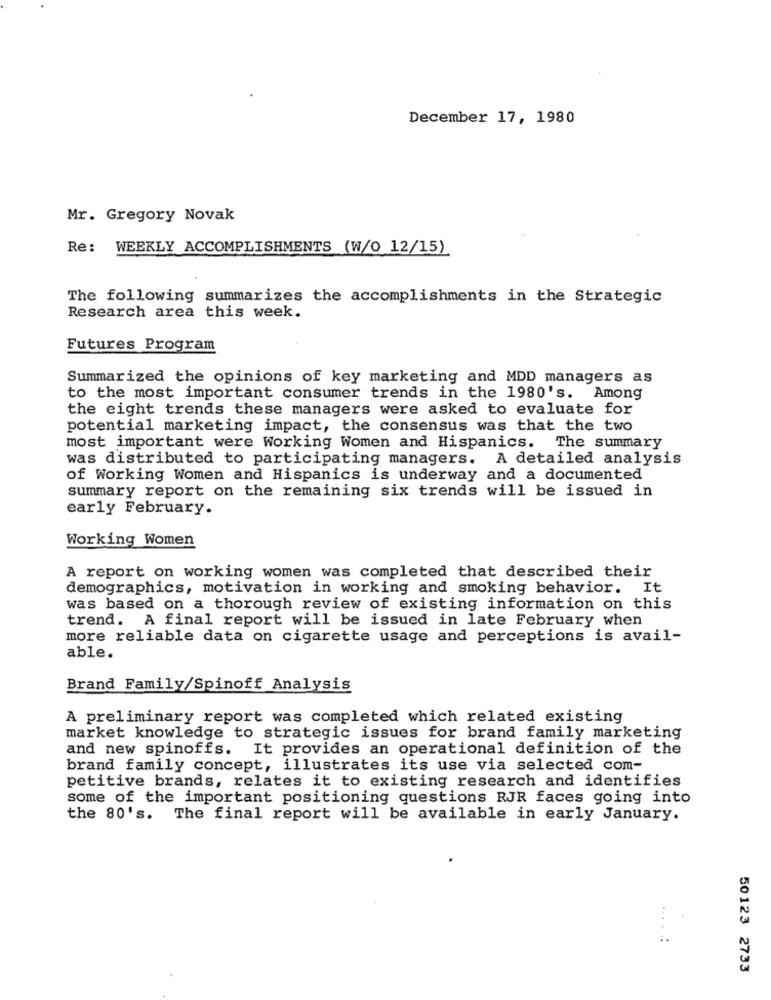
December 17, 1980
Mr. Gregory Novak
Re:
WEEKLY ACCOMPLISHMENTS (W/O 12/15)
The following summarizes the accomplishments in the Strategic
Research area this week.
Futures Program
Summarized the opinions of key marketing and MDD managers as
to the most important consumer trends in the 1980's. Among
the eight trends these managers were asked to evaluate for
potential marketing impact, the consensus was that the two
most important were Working Women and Hispanics. The summary
was distributed to participating managers. A detailed analysis
of Working Women and Hispanics is underway and a documented
summary report on the remaining six trends will be issued in
early February.
Working Women
A report on working women was completed that described their
demographics, motivation in working and smoking behavior. It
was based on a thorough review of existing information on this
trend. A final report will be issued in late February when
more reliable data on cigarette usage and perceptions is avail-
able.
Brand Family/Spinoff Analysis
A preliminary report was completed which related existing
market knowledge to strategic issues for brand family marketing
and new spinoffs. It provides an operational definition of the
brand family concept, illustrates its use via selected com-
petitive brands, relates it to existing research and identifies
some of the important positioning questions RJR faces going into
the 80's. The final report will be available in early January.
50123 2733